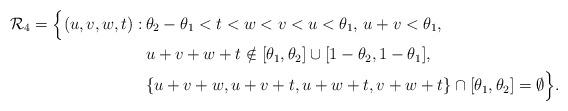
LaTeX: \begin{align*}\mathcal{R}_4=\Bigl\{(u,v,w,t):\, &\theta_2-\theta_1<t<w<v<u<\theta_1,\,u+v<\theta_1,\\&u+v+w+t\notin[\theta_1,\theta_2]\cup[1-\theta_2,1-\theta_1],\\&\{u+v+w,u+v+t,u+w+t,v+w+t\}\cap[\theta_1,\theta_2]=\emptyset\Bigr\}.\end{align*}